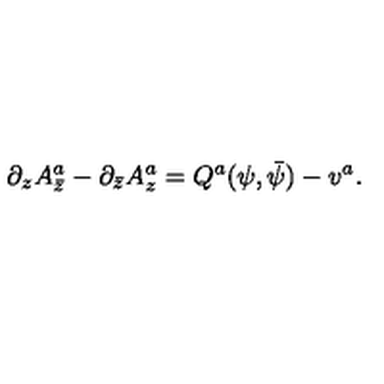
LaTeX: \partial _ { z } A _ { \bar { z } } ^ { a } - \partial _ { \bar { z } } A _ { z } ^ { a } = Q ^ { a } ( \psi , \bar { \psi } ) - v ^ { a } .